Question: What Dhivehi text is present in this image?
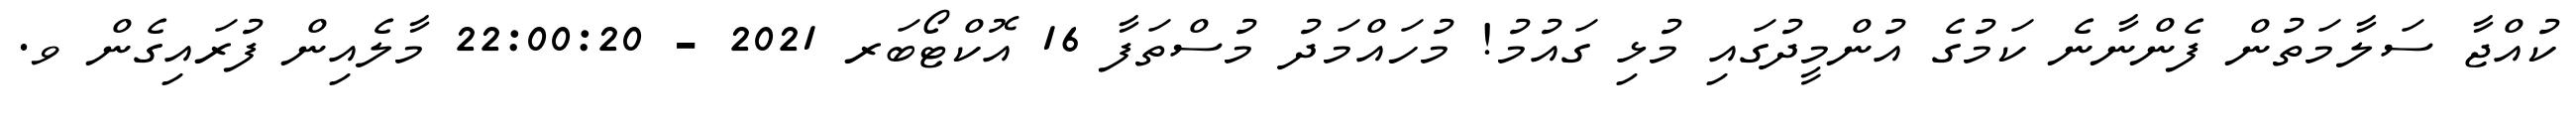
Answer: ކުއްޖާ ސަލާމަތުން ފެންނާނެ ކަމުގެ އުންމީދުގައި މުޅި ގައުމު! މުހައްމަދު މުސްތަފާ 16 އޮކްޓޯބަރ 2021 - 22:00:20 މާލެއިން ފުރައިގެން ވ.